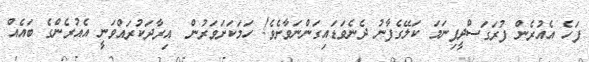
ފަހެ އެއުރެން ފުރަގަސްދީފިނަމަ ކަލޭގެފާނު ދެނެވަޑައިގަންނަވާށެވެ! ހަމަކަށަވަރުން  އިރާދަކުރައްވަނީ އެއުރެންގެ ބައެއް